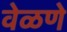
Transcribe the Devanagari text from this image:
वेळणे